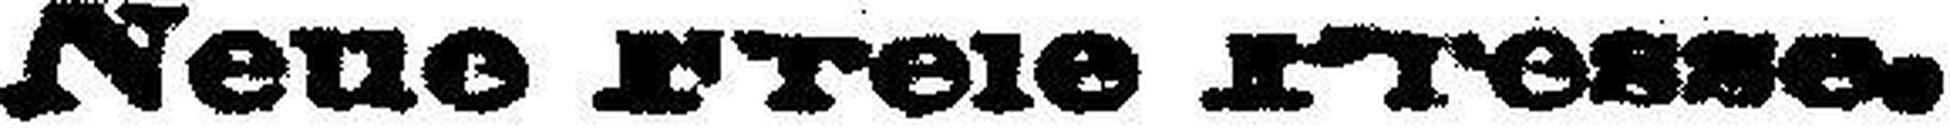
Neue Freie Presse.